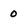
Character: 0